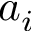
a _ { i }